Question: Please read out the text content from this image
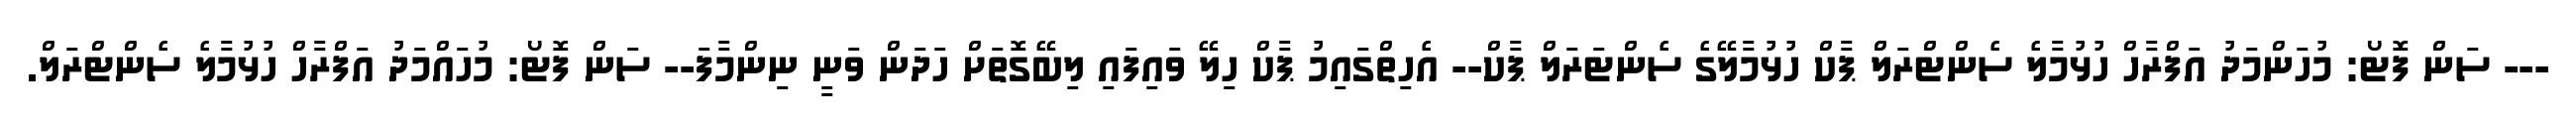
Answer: --- ސަން ފޮޓޯ: މުހަންމަދު އަފްރާހް ހުޅުމާލެ ސެންޓްރަލް ޕާކް ހުޅުމާލޭގެ ސެންޓަރަލް ޕާކް-- އެހިތްގައިމު ޕާކް ހިލޭ ވައިފައި ލިބޭގޮތަށް ހަދަން ވަނީ ނިންމާފަ-- ސަން ފޮޓޯ: މުހައްމަދު އަފްރާހް ހުޅުމާލެ ސެންޓްރަލް.